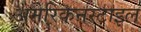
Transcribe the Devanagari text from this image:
अमेरिकनस्टाइल